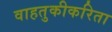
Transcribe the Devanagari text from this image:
वाहतुकीकरिता